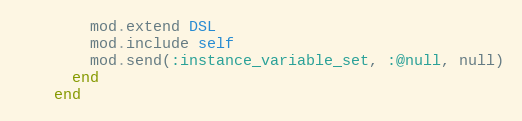
Language: Ruby
        mod.extend DSL
        mod.include self
        mod.send(:instance_variable_set, :@null, null)
      end
    end